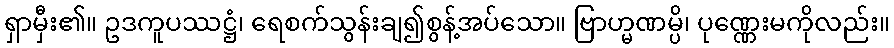
ရှာမှီး၏။ ဥဒကူပဿဋ္ဌံ၊ ရေစက်သွန်းချ၍စွန့်အပ်သော။ ဗြာဟ္မဏမ္ပိ၊ ပုဏ္ဏေးမကိုလည်း။